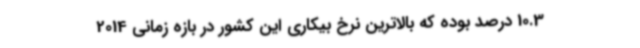
10.3 درصد بوده که بالاترین نرخ بیکاری این کشور در بازه زمانی 2014